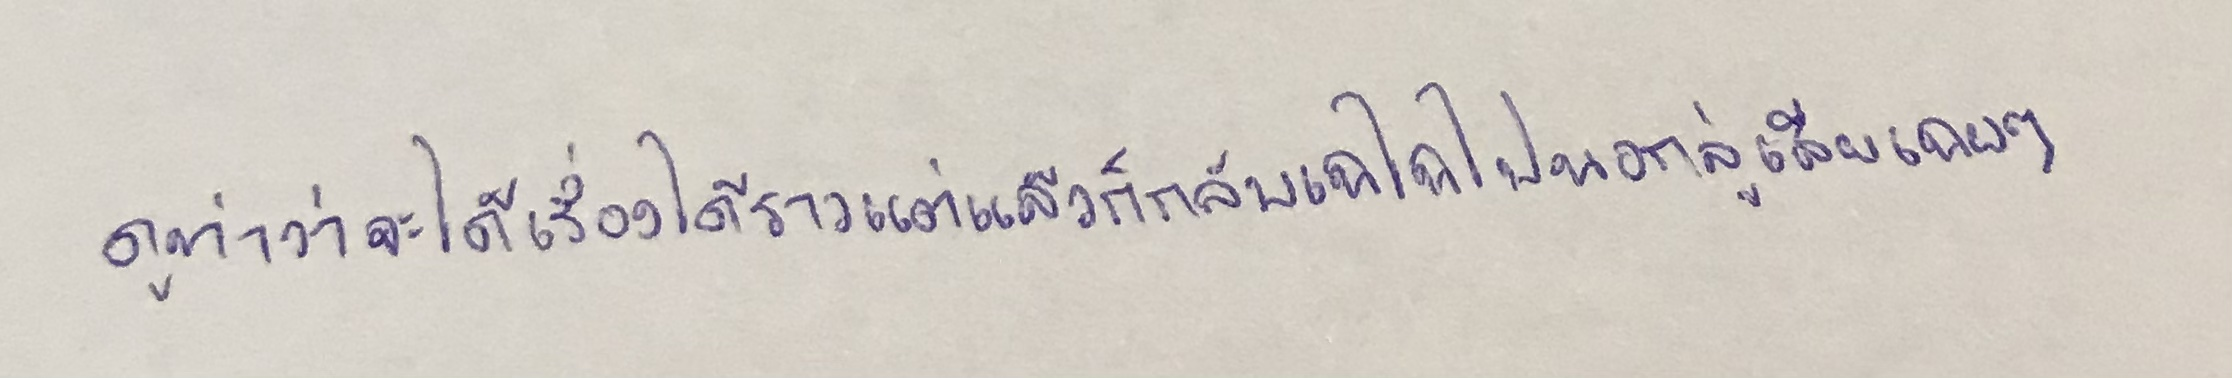
ดูท่าว่าจะได้เรื่องได้ราวแต่แล้วก็กลับเฉไฉไปนอกลู่เสียเฉยๆ